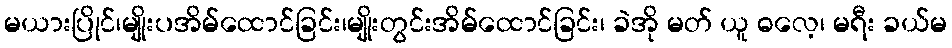
မယားပြိုင်၊မျိုးပအိမ်ထောင်ခြင်း၊မျိုးတွင်းအိမ်ထောင်ခြင်း၊ ခဲအို မတ် ယူ ဓလေ့၊ မရီး ခယ်မ